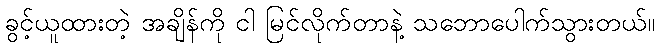
ခွင့်ယူထားတဲ့ အချိန်ကို ငါ မြင်လိုက်တာနဲ့ သဘောပေါက်သွားတယ်။